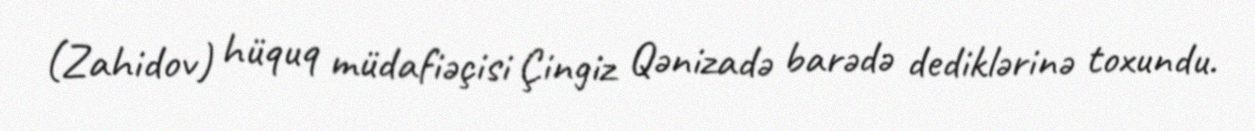
(Zahidov) hüquq müdafiəçisi Çingiz Qənizadə barədə dediklərinə toxundu.